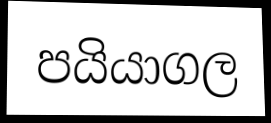
පයියාගල